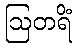
ဩတရိံ